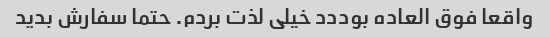
واقعا فوق العاده بوددد خیلی لذت بردم. حتما سفارش بدید